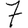
Digit: 7